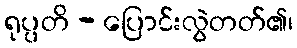
ရုပ္ပတိ - ပြောင်းလွဲတတ်၏၊